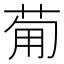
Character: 𤰈